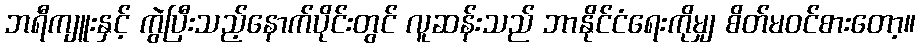
ဘရီကျူးနှင့် ကွဲပြီးသည့်နောက်ပိုင်းတွင် လူဆန်းသည် ဘာနိုင်ငံရေးကိုမျှ စိတ်မဝင်စားတော့။